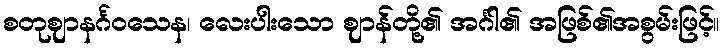
စတုဈာနင်္ဂဝသေန၊ လေးပါးသော ဈာန်တို့၏ အင်္ဂါ၏ အဖြစ်၏အစွမ်းဖြင့်။